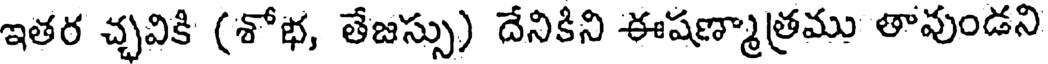
ఇతర చ్చవికి (శోభ, తేజస్సు) దేనికిని ఈషణ్మాత్రము తావుండని